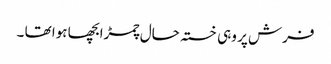
فرش پر وہی خستہ حال چمڑابچھا ہوا تھا ۔